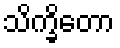
သိက္ခိတော